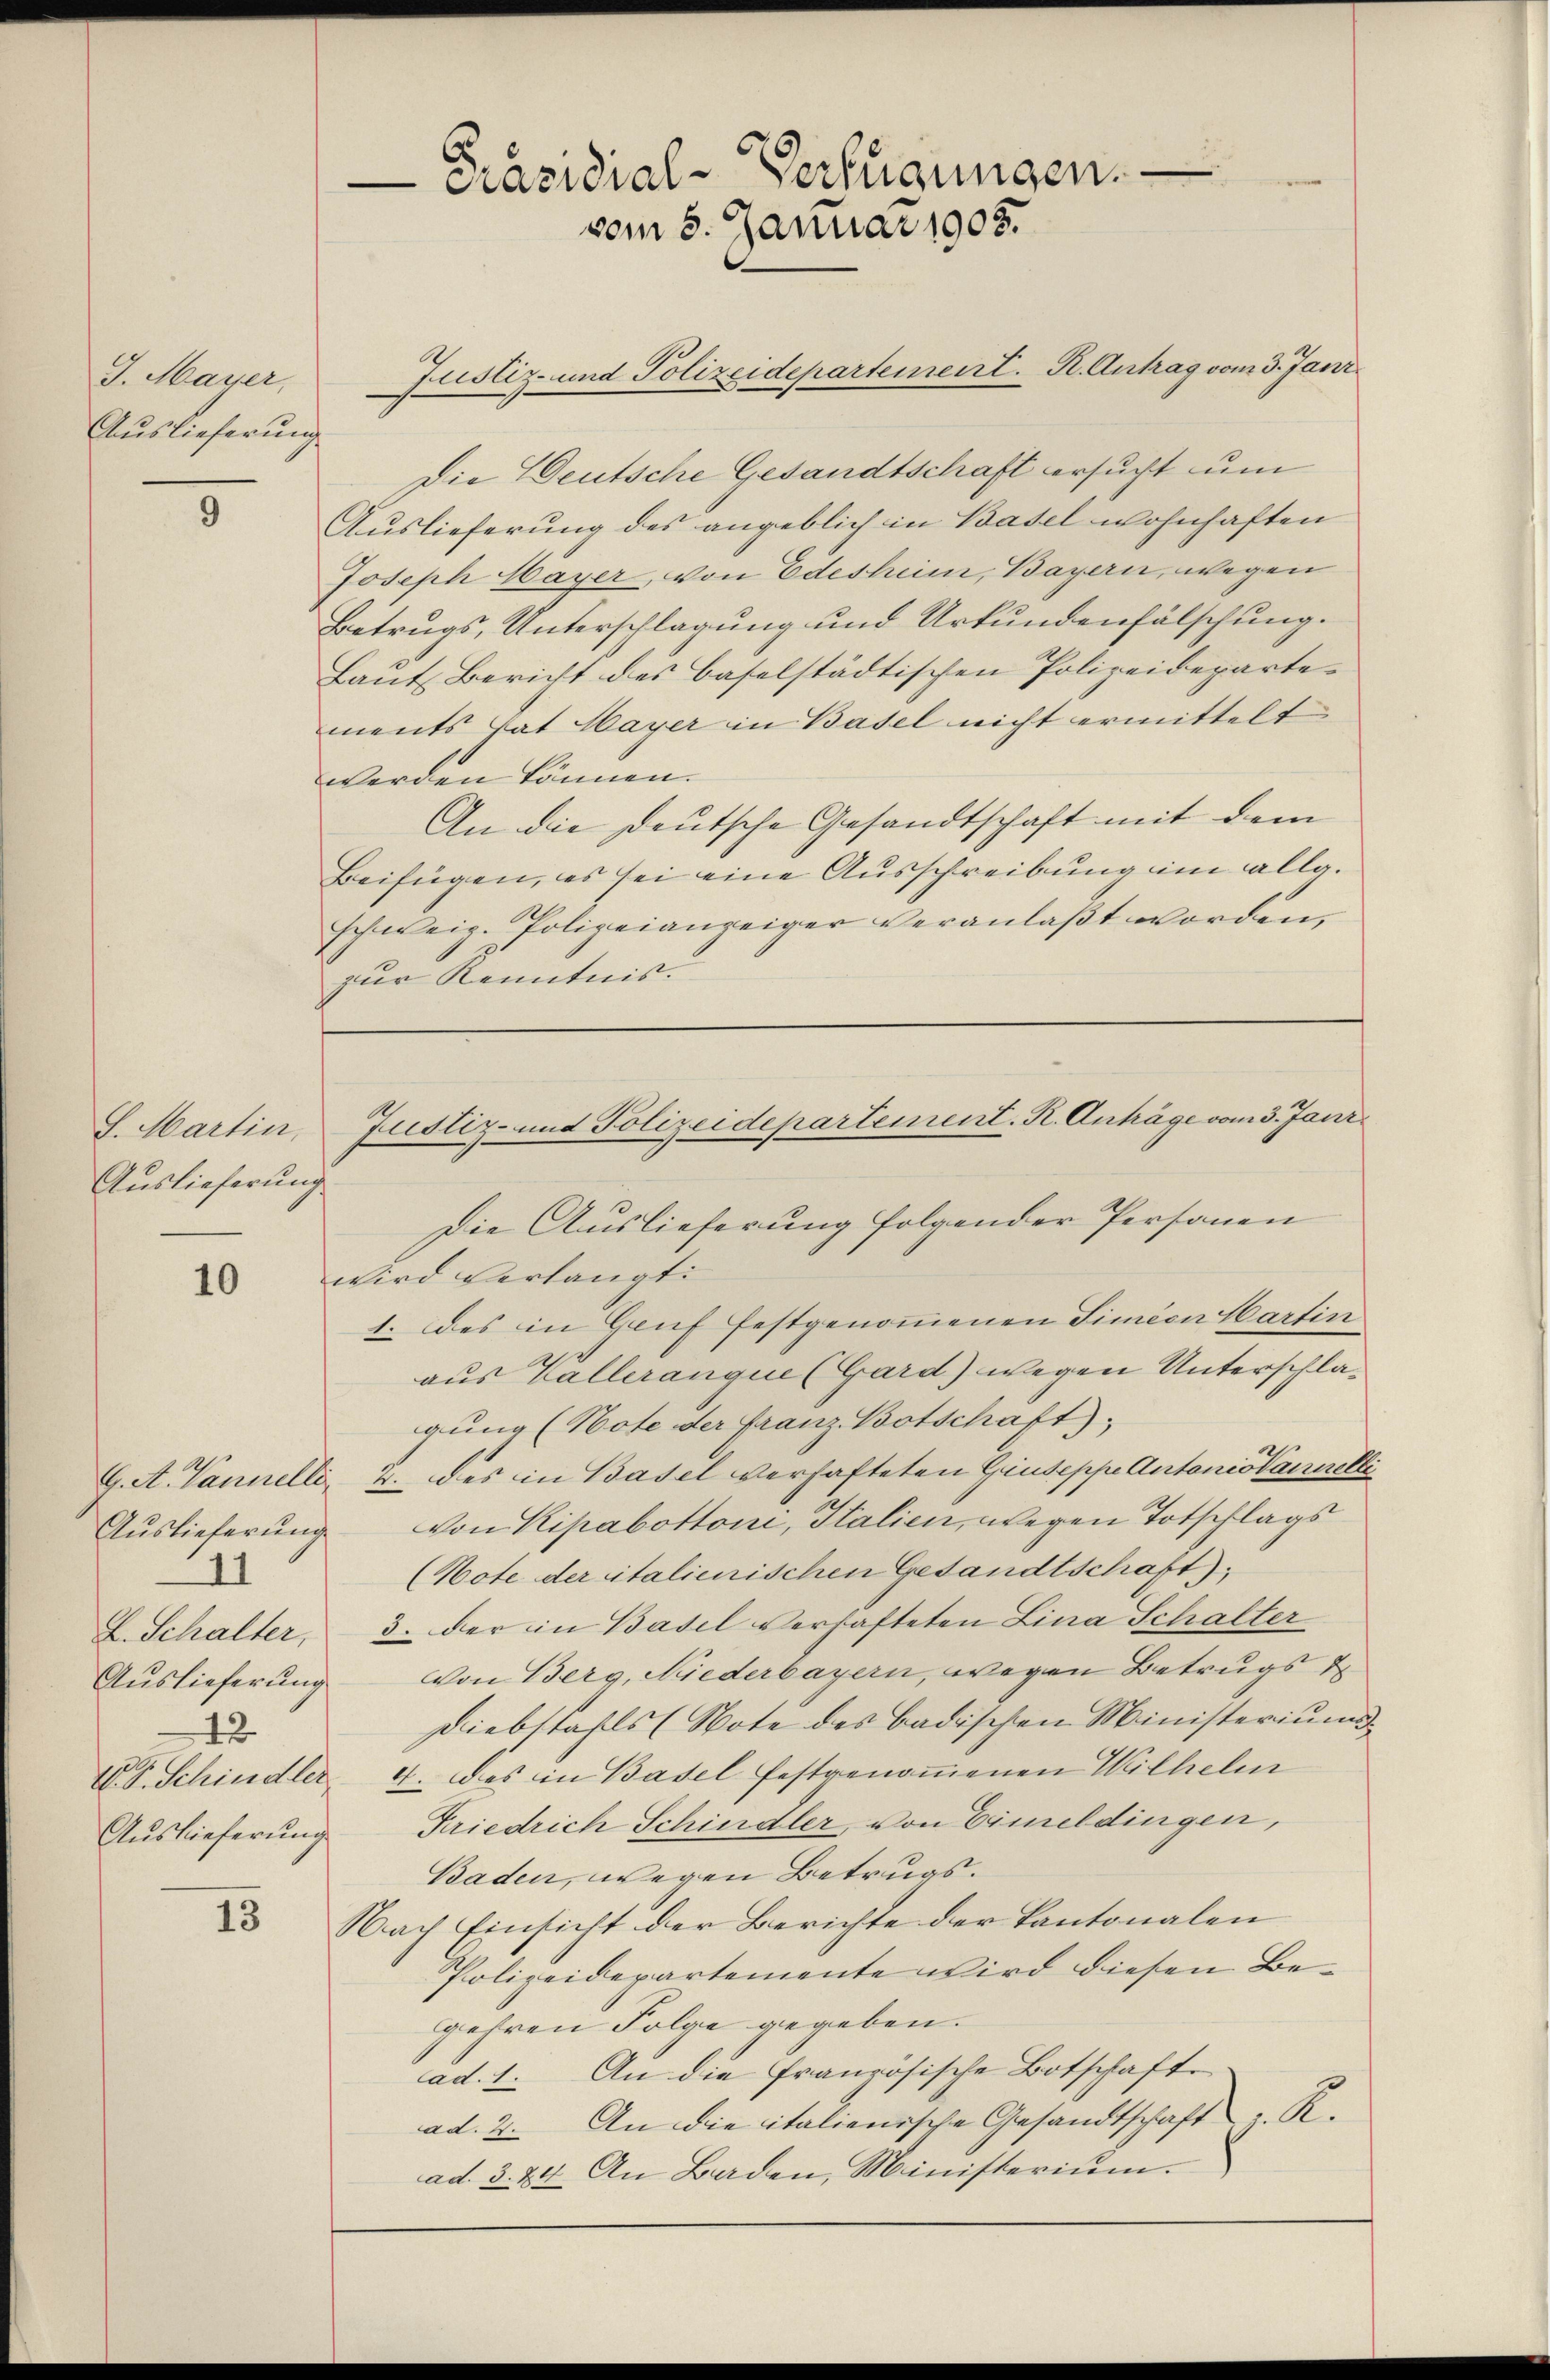
J. Mayer,
Auslieferung

5

S. Martin,
Auslieferung

10

Auslieferung
71
42
Auslieferung

13

-Präsidial-Verfügungen.
vom 8. Januar 1908.

Justiz- und Polizeidepartement. R. Antrag vom 3. Jani
Die Deutsche Gesandtschaft ersucht um
Auslieferung des angeblich in Basel wohnhaften
Joseph Hayer, von Edesheim, Bayern, wegen
Betrugs, Unterschlagung und Urkundenfälschung.
Laut Bericht des Baselstädtischen Polizeidepartements hat Mayer in Basel nicht ermittelt
werden können.
An die deutsche Gesandtschaft mit dem
Beifügen, es sei eine Ausschreibung im allg.
schweiz. Polizeianzeiger veranlaßt worden,
zur Kenntnis.

Justiz- und Polizeidepartement. K. Anträge vom 3. Jani

Die Auslieferung folgender Personen
wird verlangt
1. des in Genf festgenommenen Simeon Hartin
aus Valleranque (Gard) wegen Unterschlägung (Note der Franz Botschaft);
G. A. Vannelli 2. des in Basel verhafteten Giuseppe Antonis anerelli
von Kipabottoni, Italien, wegen Totschlags
(Note der italienischen Gesandtschaft);
L. Schalter, 3. der in Basel verhafteten Lina Schalter
Auslieferung von Berg, Niederbayern, wegen Betrugs d
Diebstahls (Note des badischen Ministerium
V. P. Schindler 4. Das in Basel festgenoṁenen Wilhelm
Kriedrich Schindler, von Ermeldingen,
Baden, wegen Betrugs.
Nach Einsicht der Berichte der Kantonalen
Polizeidepartemente wird diesen Begehren Folge gegeben.
ad. 1. An die französische Botschafte
ad. 2. An die italienische Gesandtschaft. R.
ad. 3. 24. An Baden, Ministerium.